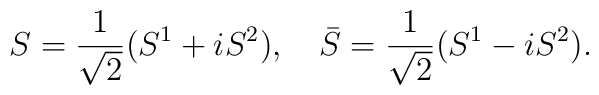
S=\frac{1}{\sqrt{2}}(S^1+iS^2),\quad \bar S=\frac{1}{\sqrt{2}}(S^1-iS^2).